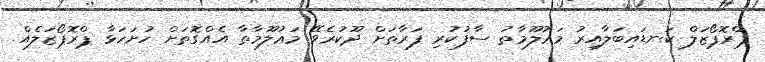
ޕްރޮޕޯޒަލް ކަނޑައިބަލާއިރު މަޢުލޫމާތު ސާފުކުރި ފަރާތަށް ދޫކުރެވޭ މަޢުލޫމާތާ އެއްގޮތަށް ހުށަހަޅާ ޕްރޮޕޯޒަލެއް